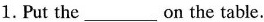
1.Put the___on the table.